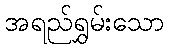
အရည်ရွှမ်းသော